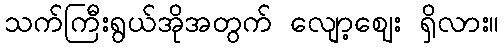
သက်ကြီးရွယ်အိုအတွက် လျော့ဈေး ရှိလား။